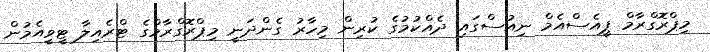
މިޕްރޮގްރާމް ޕީއެސްއެމް ނިއުސްގައި ދެއްކުމުގެ ކުރިން މިހާރު ގެންދަނީ މިޕްރޮގްރާމްގެ ޓްރެއިލާ ޓީވީއެމުން